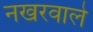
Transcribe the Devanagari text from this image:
नखरवाले